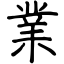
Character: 業